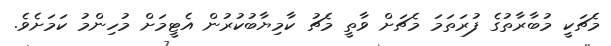
މެޗަކީ މުބާރާތުގެ ފުރަތަމަ މެޗަށް ވާތީ މެޗު ކާމިޔާބުކުރުން އެޓީމަށް މުހިންމު ކަމަށެވެ.